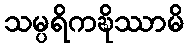
သမ္ပရိကဍ္ဎိဿာမိ